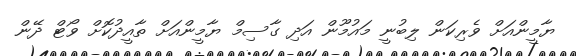
ޔާމީންއަށް ވެރިކަން ލިބުނީ މައުމޫން އަދި ގާސިމް ޔާމީންއަށް ތާއީދުކޮށް ވޯޓް ދޭން